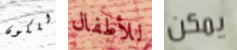
للكون للأطفال يمكن